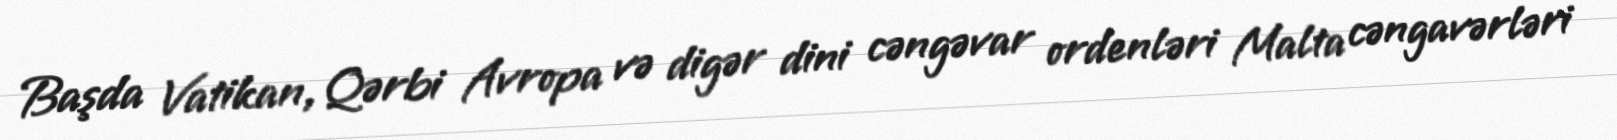
Başda Vatikan, Qərbi Avropa və digər dini cəngəvar ordenləri Malta cəngavərləri